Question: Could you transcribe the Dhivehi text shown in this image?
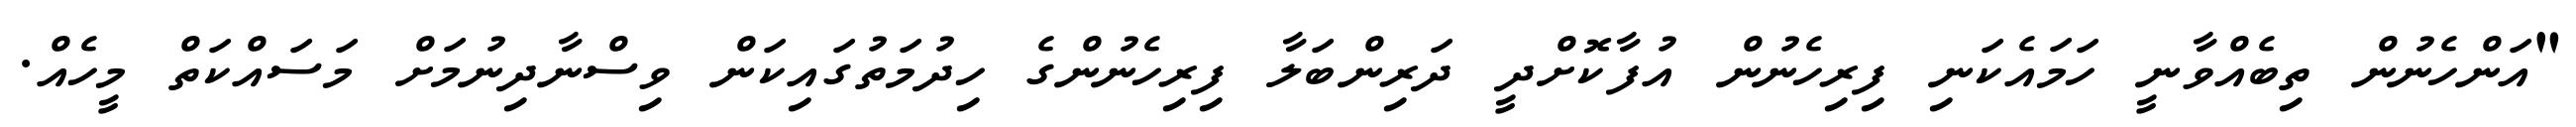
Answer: "އަންހެނުން ތިބެއްވާނީ ހަމައެކަނި ފިރިހެނުން އުފާކޮށްދީ ދަރިންބަލާ ފިރިހެނުންގެ ހިދުމަތުގައިކަން ވިސްނާދިނުމަށް މަސައްކަތް މީހެއް.